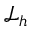
{ \mathcal { L } } _ { h }